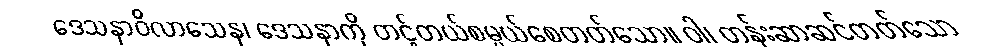
ဒေသနာဝိလာသေန၊ ဒေသနာကို တင့်တယ်စမ္ပယ်စေတတ်သော။ ဝါ၊ တန်းဆာဆင်တတ်သော